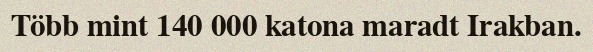
Több mint 140 000 katona maradt Irakban.